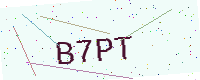
Text: B7PT